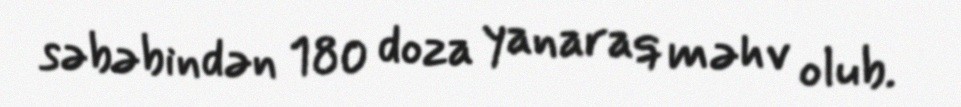
səbəbindən 180 doza yanaraq məhv olub.